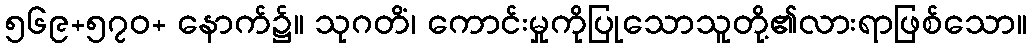
၅၆၉+၅၇၀+ နောက်၌။ သုဂတိံ၊ ကောင်းမှုကိုပြုသောသူတို့၏လားရာဖြစ်သော။